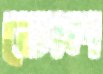
ভোল